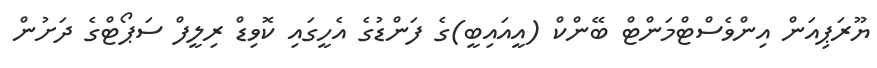
ޔޫރަޕިއަން އިންވެސްޓްމަންޓް ބޭންކް (އީއައިބީ)ގެ ފަންޑުގެ އެހީގައި ކޮވިޑްް ރިލީފް ސަޕޯޓްގެ ދަށުން